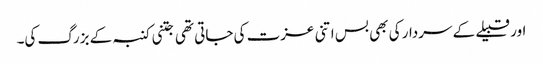
اور قبیلے کے سردار کی بھی بس اتنی عزت کی جاتی تھی جتنی کنبہ کے بزرگ کی۔